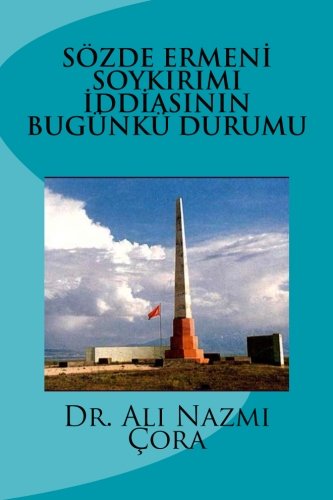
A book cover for Sozde Ermeni Soykirimi Iddiasinin Bugunku Durumu (Turkish Edition); Dr. Ali Nazmi Cora; History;